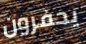
يحفرون